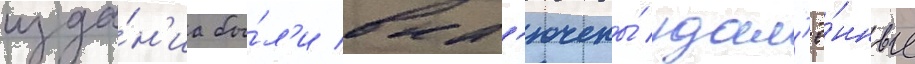
изда́н'иа бы́л'и вкл'ючены́ удал'ё́нные